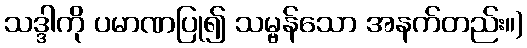
သဒ္ဒါကို ပမာဏပြု၍ သမ္ဗန်သော အနက်တည်း။)